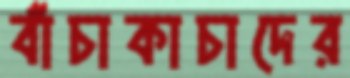
বাঁচাকাচাদের